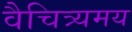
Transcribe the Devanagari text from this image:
वैचित्र्यमय